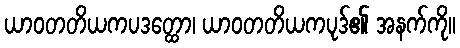
ယာဝတတိယကပဒတ္ထော၊ ယာဝတတိယကပုဒ်၏ အနက်ကို။